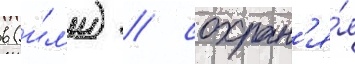
в (и́л'и) / сохран'я́я